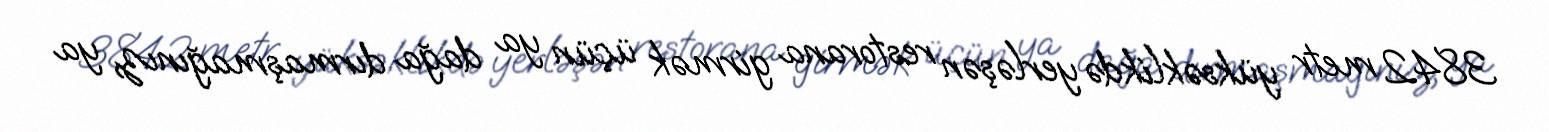
3842 metr yüksəklikdə yerləşən restorana girmək üçün ya dağa dırmaşmağınız, ya